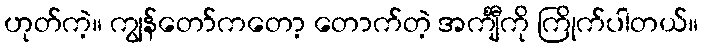
ဟုတ်ကဲ့။ ကျွန်တော်ကတော့ တောက်တဲ့ အင်္ကျီကို ကြိုက်ပါတယ်။